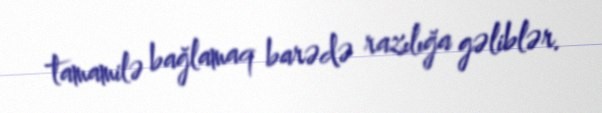
tamamilə bağlamaq barədə razılığa gəliblər.